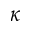
\kappa